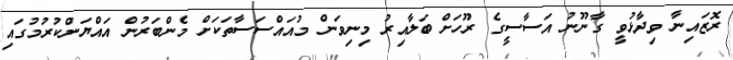
ރޮޒައިނާ ވިދާޅުވީ ގާނޫނު އަސާސީގެ ރޫހަށް ބަލާއިރު މިނިވަން މުއައްސަސާތަކަށް މެންބަރުން އައްޔަންކުރުމުގައި